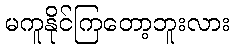
မကူနိုင်ကြတော့ဘူးလား